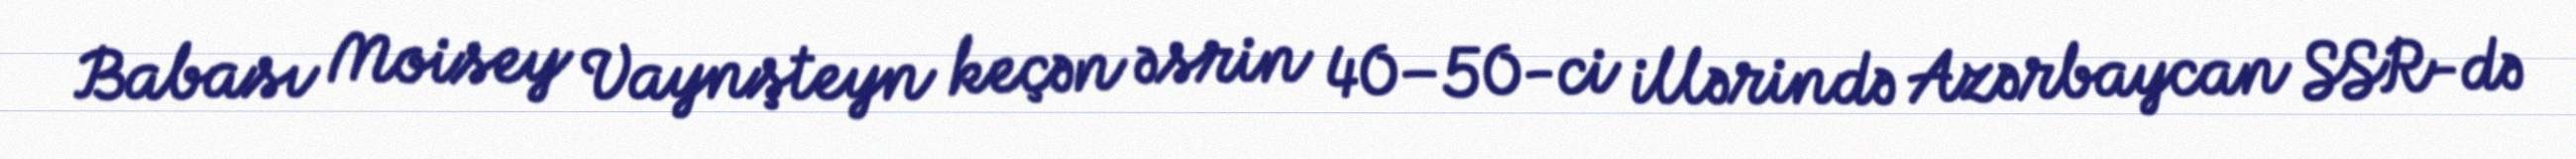
Babası Moisey Vaynşteyn keçən əsrin 40–50-ci illərində Azərbaycan SSR-də